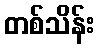
တစ်သိန်း